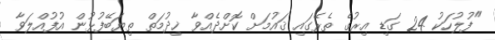
"ފުލުހަކު 24 ގަޑި އިރުގެ ތެރޭގައި ޤައުމަށް ކޮށްދެއްވާ ޚިދުމަތް ތިޔަބޭފުޅުން އުފުއްލަވާ